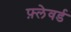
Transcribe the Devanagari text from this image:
फ़्लेवर्ड